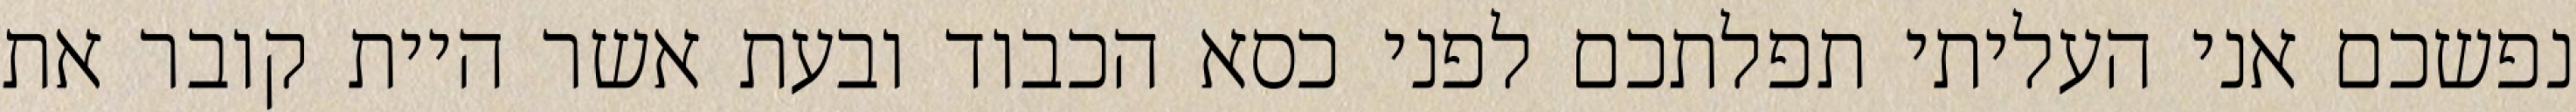
נפשכם אני העליתי תפלתכם לפני כסא הכבוד ובעת אשר היית קובר את